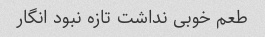
طعم خوبی نداشت تازه نبود انگار